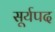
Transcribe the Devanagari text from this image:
सूर्यपद